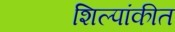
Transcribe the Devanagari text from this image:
शिल्पांकीत